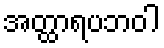
အတ္ထာရပဘဝါ